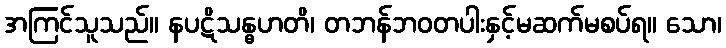
အကြင်သူသည်။ နပဋိသန္ဓဟတိ၊ တဘန်ဘဝတပါးနှင့်မဆက်မစပ်ရ။ သော၊